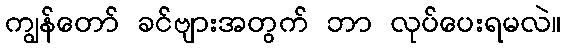
ကျွန်တော် ခင်ဗျားအတွက် ဘာ လုပ်ပေးရမလဲ။